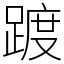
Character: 踱